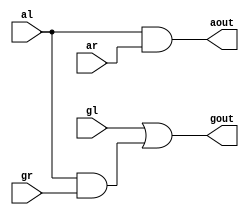
module white_dot(gl,gr,al,ar,gout,aout);

input gl,al,gr,ar;
output gout,aout;

assign gout=gl | al&gr ;
assign aout= al&ar ;

endmodule